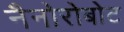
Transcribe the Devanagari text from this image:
नैनोरोबोट